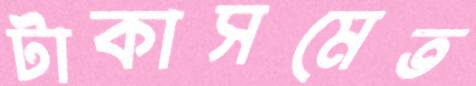
টাকাসমেত